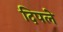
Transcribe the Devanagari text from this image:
दिपले